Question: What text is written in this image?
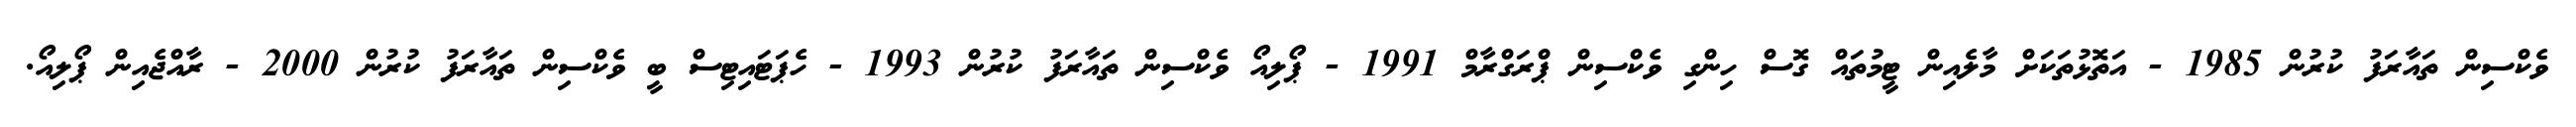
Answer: ވެކްސިން ތައާރަފު ކުރުން 1985 - އަތޮޅުތަކަށް މާލެއިން ޓީމުތައް ގޮސް ހިންގި ވެކްސިން ޕްރަގްރާމް 1991 - ޕޯލިއޯ ވެކްސިން ތައާރަފު ކުރުން 1993 - ހެޕަޓައިޓިސް ބީ ވެކްސިން ތައާރަފު ކުރުން 2000 - ރާއްޖެއިން ޕޯލިއޯ.